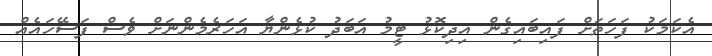
އެކަމަކު ފަހަތަށް ފައިބައިގެން އިދިކޮޅު ޓީމު އަބަދު ކުޅެންޔާ އަހަރެމެންނަށް ވެސް ފަސޭހައެއް